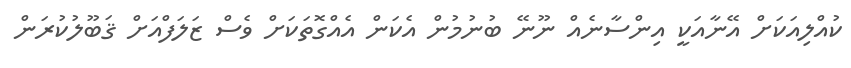
ކުއްލިއަކަށް އޭނާއަކީ އިންސާނެއް ނޫނޭ ބުނުމުން އެކަން އެއްގޮތަކަށް ވެސް ޒަލަފްއަށް ޤަބޫލުކުރަން